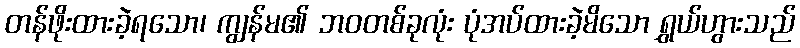
တန်ဖိုးထားခဲ့ရသော၊ ကျွန်မ၏ ဘဝတစ်ခုလုံး ပုံအပ်ထားခဲ့မိသော ရွှယ်ဟွားသည်